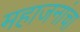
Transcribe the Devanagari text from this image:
महाजनांचा